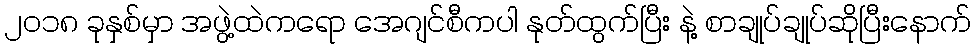
၂၀၁၈ ခုနှစ်မှာ အဖွဲ့ထဲကရော အေဂျင်စီကပါ နုတ်ထွက်ပြီး နဲ့ စာချုပ်ချုပ်ဆိုပြီးနောက်